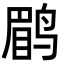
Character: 鹛